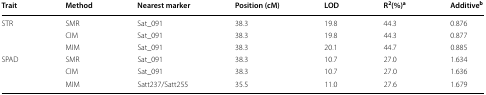
<table><thead><tr><td><b>Trait</b></td><td><b>Method</b></td><td><b>Nearest marker</b></td><td><b>Position (cM)</b></td><td><b>LOD</b></td><td><b>R<sup>2</sup>(%)<sup>a</sup></b></td><td><b>Additive<sup>b</sup></b></td></tr></thead><tbody><tr><td rowspan="3">STR</td><td>SMR</td><td>Sat_091</td><td>38.3</td><td>19.8</td><td>44.3</td><td>0.876</td></tr><tr><td>CIM</td><td>Sat_091</td><td>38.3</td><td>19.8</td><td>44.3</td><td>0.877</td></tr><tr><td>MIM</td><td>Sat_091</td><td>38.3</td><td>20.1</td><td>44.7</td><td>0.885</td></tr><tr><td rowspan="3">SPAD</td><td>SMR</td><td>Sat_091</td><td>38.3</td><td>10.7</td><td>27.0</td><td>1.634</td></tr><tr><td>CIM</td><td>Sat_091</td><td>38.3</td><td>10.7</td><td>27.0</td><td>1.636</td></tr><tr><td>MIM</td><td>Satt237/Satt255</td><td>35.5</td><td>11.0</td><td>27.6</td><td>1.679</td></tr></tbody></table>